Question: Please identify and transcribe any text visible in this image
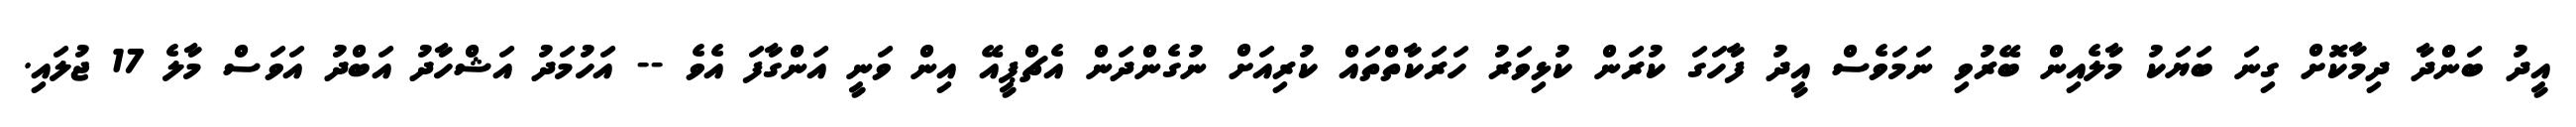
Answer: އީދު ބަންދާ ދިމާކޮށް ގިނަ ބަޔަކު މާލެއިން ބޭރުވި ނަމަވެސް އީދު ފާހަގަ ކުރަން ކުޅިވަރު ހަރަކާތްތައް ކުރިއަށް ނުގެންދަން އެޗްޕީއޭ އިން ވަނީ އަންގާފަ އެވެ -- އަހުމަދު އަޝްހާދު އަބްދު އަވަސް މާލެ 17 ޖުލައި.